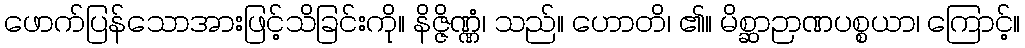
ဖောက်ပြန်သောအားဖြင့်သိခြင်းကို။ နိဇ္ဇိဏ္ဏံ၊ သည်။ ဟောတိ၊ ၏။ မိစ္ဆာဉာဏပစ္စယာ၊ ကြောင့်။